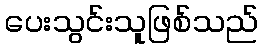
ပေးသွင်းသူဖြစ်သည်